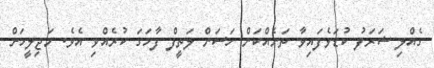
ގެއްލި ޝަރަފު ކުޑަވެފައިވާ ތަނެއްކަން ހަސަން ލަތީފް ފާހަގަ ކުރެއްވި އެވެ. މަޖިލީހަށް